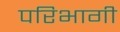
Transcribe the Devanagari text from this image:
परिभागी